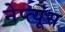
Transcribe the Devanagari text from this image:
नेप्त्यूंस